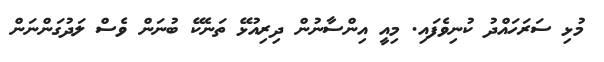
މުޅި ސަރަހައްދު ކުނިވެފައި. މިއީ އިންސާނުން ދިރިއުޅޭ ތަނެކޭ ބުނަން ވެސް ލަދުގަންނަން